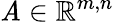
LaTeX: \mathit{A}\in\mathbb{{R}}^{m,n}